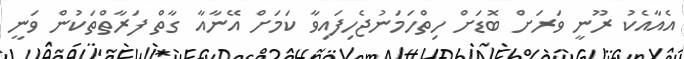
އެއާއެކު ރޫނީ ވަރަށް ބޮޑަށް ހިތްހަމަނުޖެހިފައިވާ ކަމަށް އޭނާއާ ގާތް ފަރާތްތަކުން ވަނީ